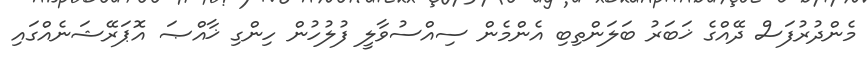
މެންދުރުފަސް ދޭއްގެ ޚަބަރު ބަލަންތިބި އެންމެން ސިއްސުވާލީ ފުލުހުން ހިންގި ޚާއްޞަ އޮޕަރޭޝަނެއްގައި